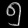
Digit: ၅